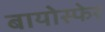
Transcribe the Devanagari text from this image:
बायोस्फेर